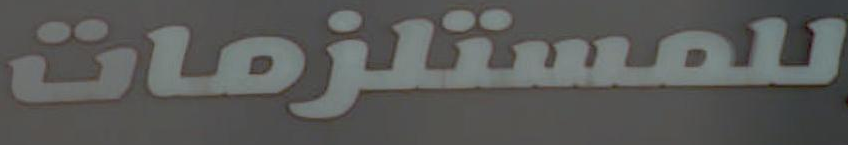
للمستلزمات